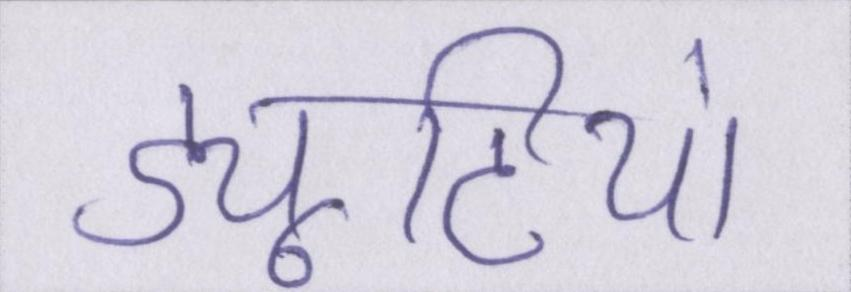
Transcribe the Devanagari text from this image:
ड्यूटियां